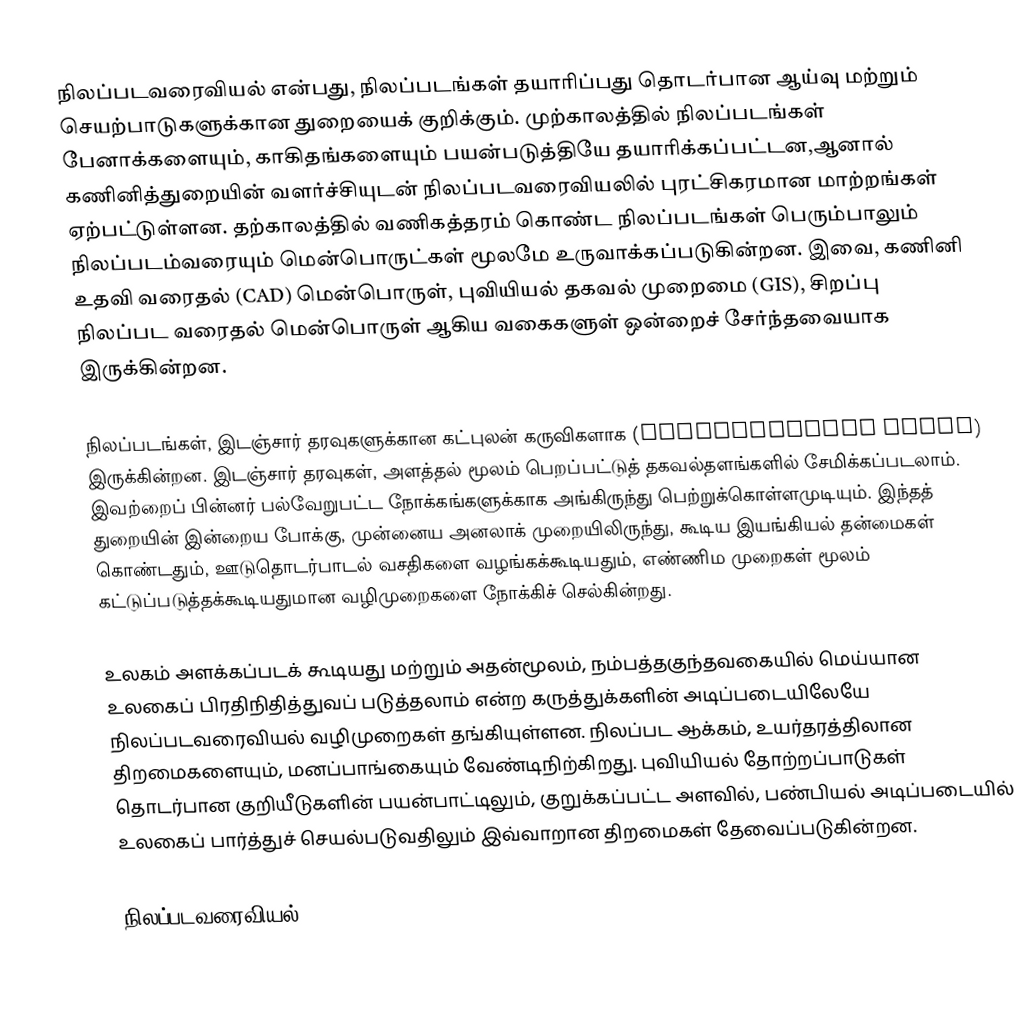
நிலப்படவரைவியல் என்பது, நிலப்படங்கள் தயாரிப்பது தொடர்பான ஆய்வு மற்றும் செயற்பாடுகளுக்கான துறையைக் குறிக்கும். முற்காலத்தில் நிலப்படங்கள் பேனாக்களையும், காகிதங்களையும் பயன்படுத்தியே தயாரிக்கப்பட்டன,ஆனால் கணினித்துறையின் வளர்ச்சியுடன் நிலப்படவரைவியலில் புரட்சிகரமான மாற்றங்கள் ஏற்பட்டுள்ளன. தற்காலத்தில் வணிகத்தரம் கொண்ட நிலப்படங்கள் பெரும்பாலும் நிலப்படம்வரையும் மென்பொருட்கள் மூலமே உருவாக்கப்படுகின்றன. இவை, கணினி உதவி வரைதல் (CAD) மென்பொருள், புவியியல் தகவல் முறைமை (GIS), சிறப்பு நிலப்பட வரைதல் மென்பொருள் ஆகிய வகைகளுள் ஒன்றைச் சேர்ந்தவையாக இருக்கின்றன.

நிலப்படங்கள், இடஞ்சார் தரவுகளுக்கான கட்புலன் கருவிகளாக (visualization tools) இருக்கின்றன. இடஞ்சார் தரவுகள், அளத்தல் மூலம் பெறப்பட்டுத் தகவல்தளங்களில் சேமிக்கப்படலாம். இவற்றைப் பின்னர் பல்வேறுபட்ட நோக்கங்களுக்காக அங்கிருந்து பெற்றுக்கொள்ளமுடியும். இந்தத் துறையின் இன்றைய போக்கு, முன்னைய அனலாக் முறையிலிருந்து, கூடிய இயங்கியல் தன்மைகள் கொண்டதும், ஊடுதொடர்பாடல் வசதிகளை வழங்கக்கூடியதும், எண்ணிம முறைகள் மூலம் கட்டுப்படுத்தக்கூடியதுமான வழிமுறைகளை நோக்கிச் செல்கின்றது.

உலகம் அளக்கப்படக் கூடியது மற்றும் அதன்மூலம், நம்பத்தகுந்தவகையில் மெய்யான உலகைப் பிரதிநிதித்துவப் படுத்தலாம் என்ற கருத்துக்களின் அடிப்படையிலேயே நிலப்படவரைவியல் வழிமுறைகள் தங்கியுள்ளன. நிலப்பட ஆக்கம், உயர்தரத்திலான திறமைகளையும், மனப்பாங்கையும் வேண்டிநிற்கிறது. புவியியல் தோற்றப்பாடுகள் தொடர்பான குறியீடுகளின் பயன்பாட்டிலும், குறுக்கப்பட்ட அளவில், பண்பியல் அடிப்படையில் உலகைப் பார்த்துச் செயல்படுவதிலும் இவ்வாறான திறமைகள் தேவைப்படுகின்றன.

நிலப்படவரைவியல்